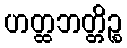
ဟတ္ထဘတ္တိဉ္စ